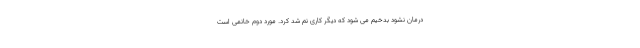
درمان نشود بدخیم می شود که دیگر کاری نم شد کرد. مورد دوم خانمی است